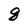
Character: 8